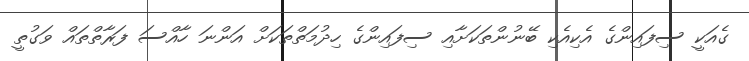
ގެއަކީ ސިފައިންގެ އެކިއެކި ބޭނުންތަކަށާއި ސިފައިންގެ ހިދުމަތްތަކަށް އަންނަ ހާއްސަ ފަރާތްތައް ވަގުތީ